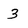
Character: 3